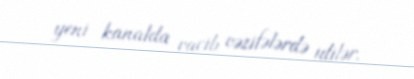
yeni kanalda vacib vəzifələrdə idilər.